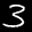
Label: 3